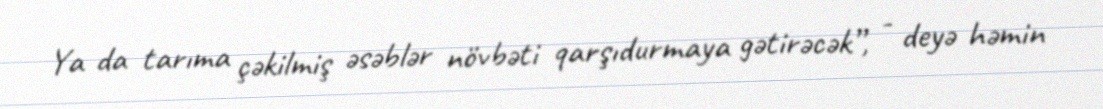
Ya da tarıma çəkilmiş əsəblər növbəti qarşıdurmaya gətirəcək”, - deyə həmin